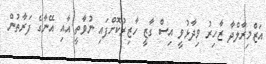
އަޒްމިރާލްދާ ޒާހިރު ވިދާޅުވީ އިސް ގާޒީ ހާޒިރުކޮށްފައި ނުވާތީ އާއި އޭނާގެ ފަރާތުން